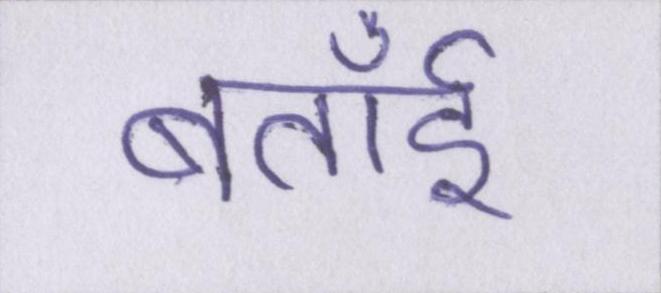
बताईँ